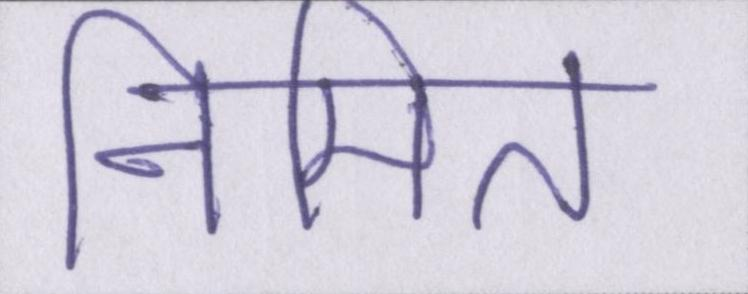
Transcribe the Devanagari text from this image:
निमित्त